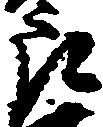
郎